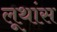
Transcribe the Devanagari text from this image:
लूथांस